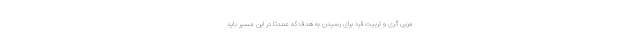
مربی گری و تربیت فرد برای رسیدن به هدف که عمدتا در این مسیر باید